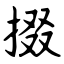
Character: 掇